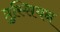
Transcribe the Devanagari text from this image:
प्रुस्सियन